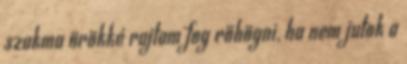
szakma örökké rajtam fog röhögni, ha nem jutok a